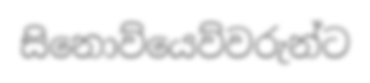
සිනොව්යෙව්වරුන්ට